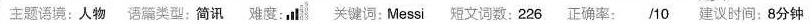
主题语境: 人物 语篇类型: 简讯 难度: 关键词: Messi 短文词数: 226 正确率: /10 建议时间: 8分钟